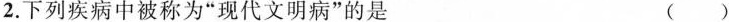
2.下列疾病中被称为"现代文明病"的是 （）